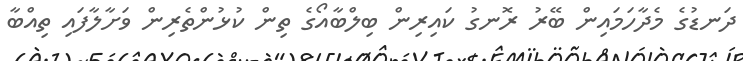
ދަނޑުގެ މެދާހަމައިން ބޭރު ރޮނގު ކައިރިިން ބިލްބާއޯގެ ތިން ކުޅުންތެރިން ވަށާލާފައި ތިއްބާ